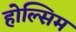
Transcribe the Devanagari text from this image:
होल्सिम